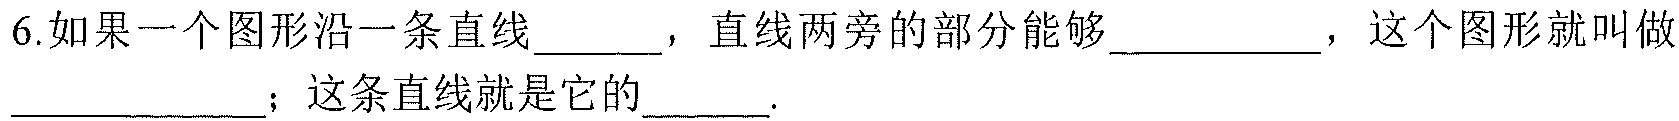
6.如果一个图形沿一条直线_____，直线两旁的部分能够_________，这个图形就叫做__________；这条直线就是它的______.